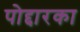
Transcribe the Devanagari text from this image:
पोद्दारका